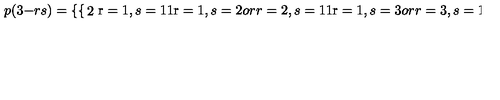
p ( 3 - r s ) = \left\{ \begin{cases} { 2 } & { \mathrm { r } = 1 , s = 1 } \\ { 1 } & { \mathrm { r } = 1 , s = 2 o r r = 2 , s = 1 } \\ { 1 } & { \mathrm { r } = 1 , s = 3 o r r = 3 , s = 1 } \\ \end{cases} \right. ,